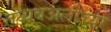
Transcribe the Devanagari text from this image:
तय्यबअलींच्या